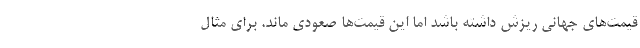
قیمت‌های جهانی ریزش داشته باشد اما این قیمت‌ها صعودی ماند. برای مثال